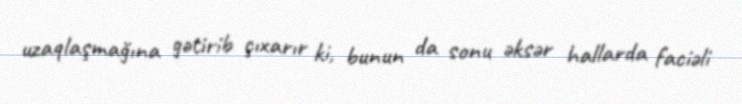
uzaqlaşmağına gətirib çıxarır ki, bunun da sonu əksər hallarda faciəli